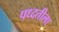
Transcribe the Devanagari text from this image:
पध्दतीला